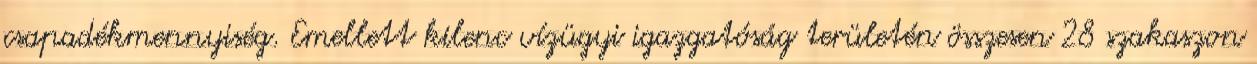
csapadékmennyiség. Emellett kilenc vízügyi igazgatóság területén összesen 28 szakaszon